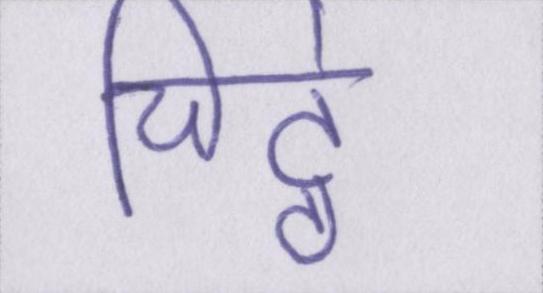
चिट्ठे